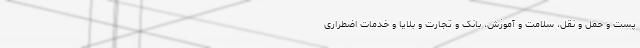
پست و حمل و نقل، سلامت و آموزش، بانک و تجارت و بلایا و خدمات اضطراری